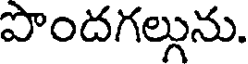
పొందగల్గును.